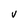
Character: V